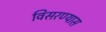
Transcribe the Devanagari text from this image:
विसरण्यास